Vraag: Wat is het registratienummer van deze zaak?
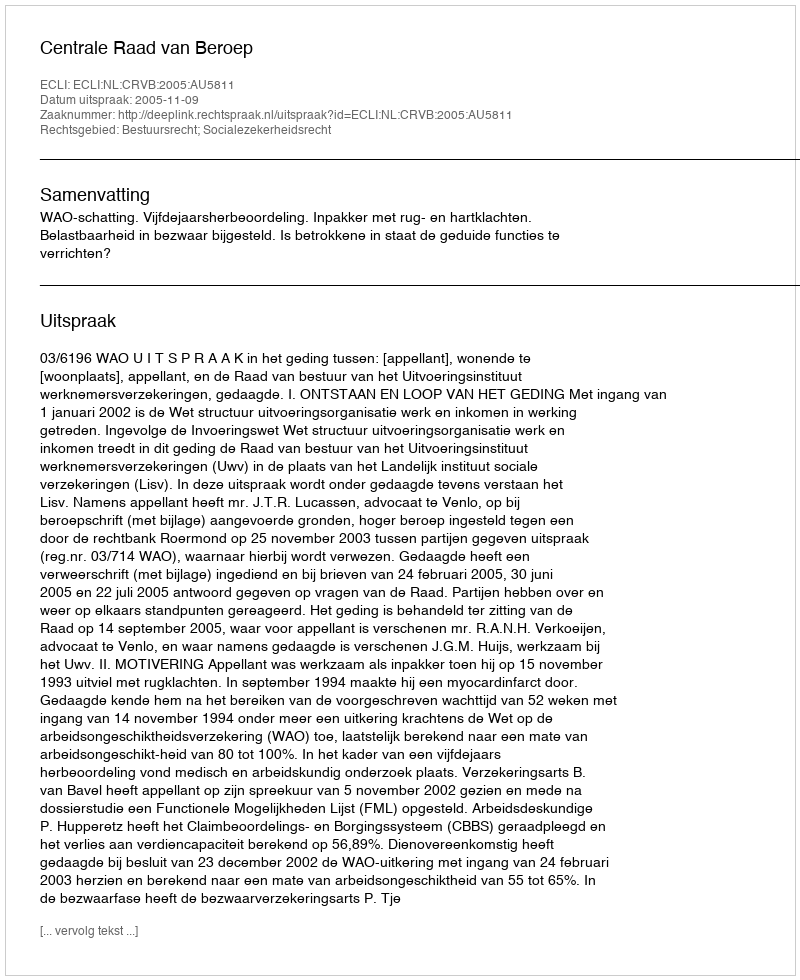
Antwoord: http://deeplink.rechtspraak.nl/uitspraak?id=ECLI:NL:CRVB:2005:AU5811